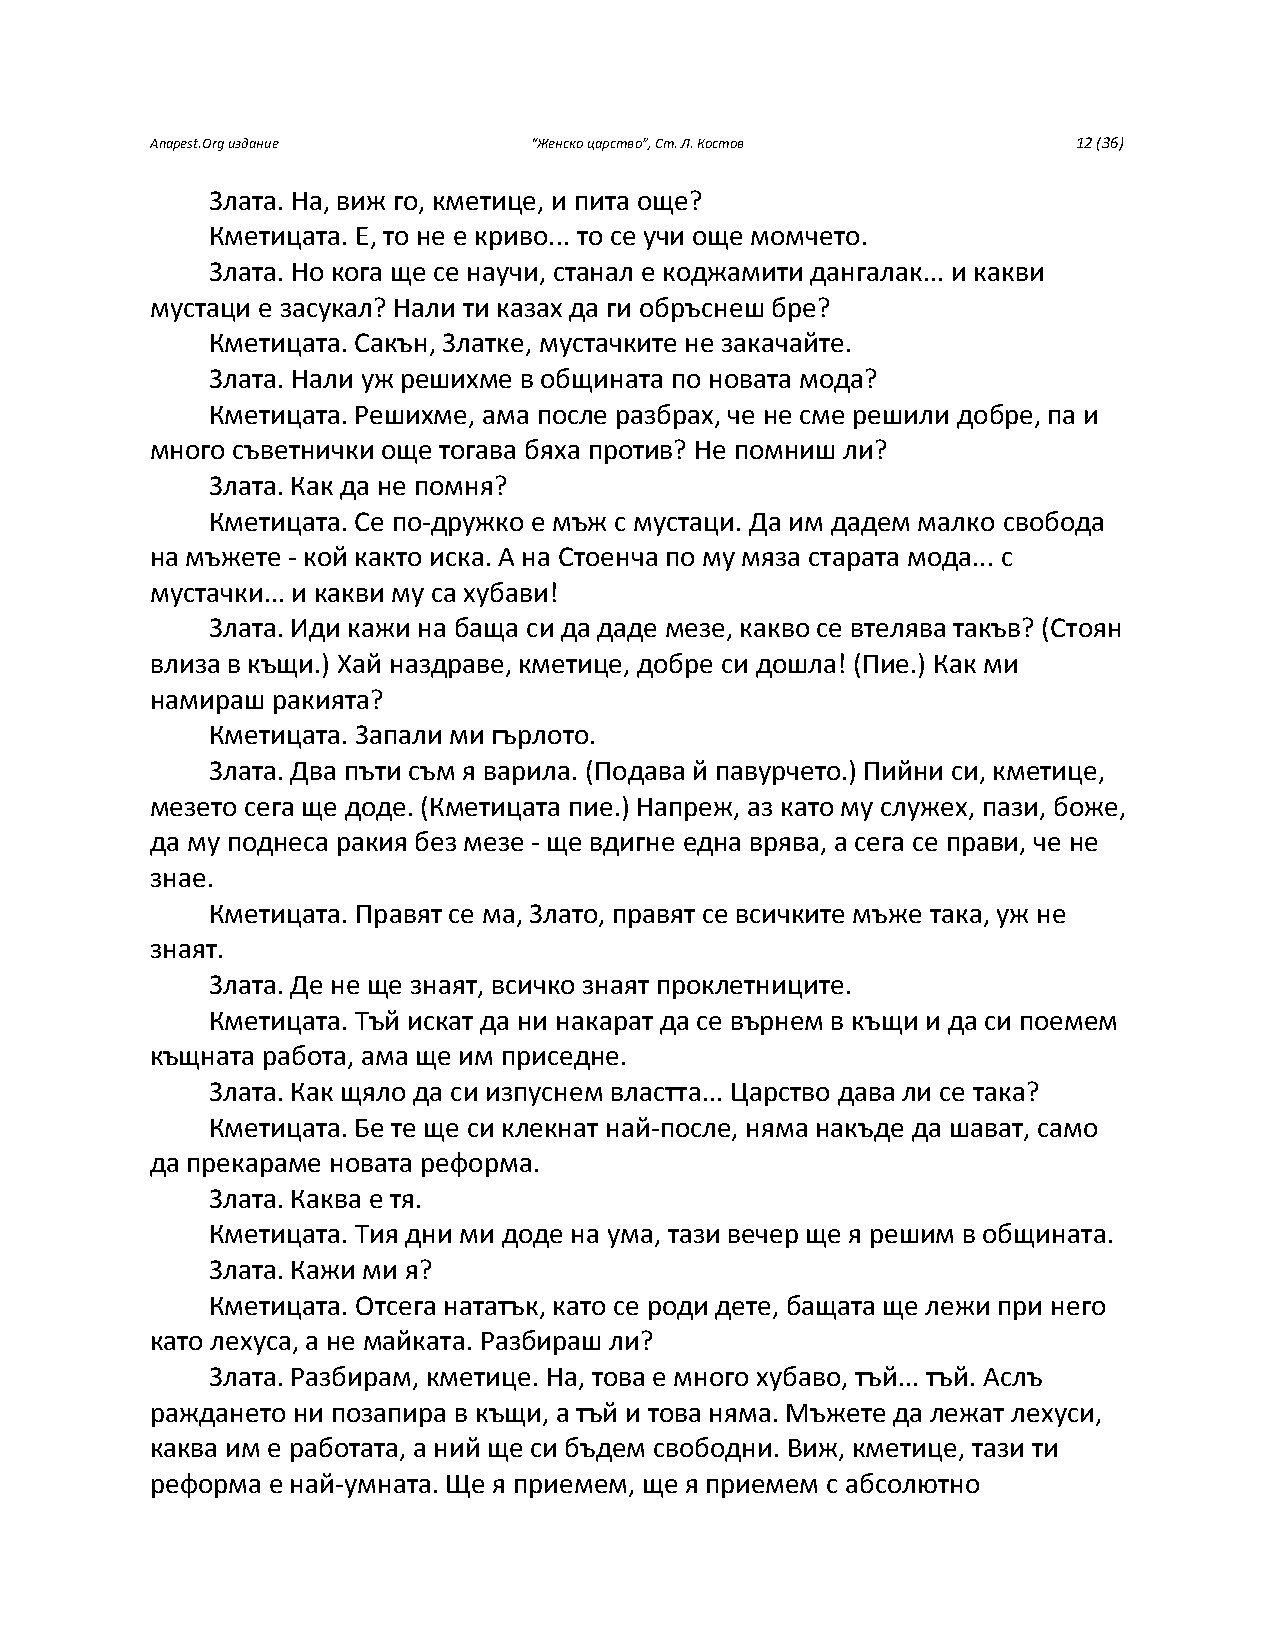
Anapest.Org издание      “Женско царство”, Ст. Л. Костов     12 (36)
 Злата. На, виж го, кметице, и пита още?
 Кметицата. Е, то не е криво... то се учи още момчето.
 Злата. Но кога ще се научи, станал е коджамити дангалак... и какви
 мустаци е засукал? Нали ти казах да ги обръснеш бре?
 Кметицата. Сакън, Златке, мустачките не закачайте.
 Злата. Нали уж решихме в общината по новата мода?
 Кметицата. Решихме, ама после разбрах, че не сме решили добре, па и
 много съветнички още тогава бяха против? Не помниш ли?
 Злата. Как да не помня?
 Кметицата. Се по-дружко е мъж с мустаци. Да им дадем малко свобода
 на мъжете - кой както иска. А на Стоенча по му мяза старата мода... с
 мустачки... и какви му са хубави!
 Злата. Иди кажи на баща си да даде мезе, какво се втелява такъв? (Стоян
 влиза в къщи.) Хай наздраве, кметице, добре си дошла! (Пие.) Как ми
 намираш ракията?
 Кметицата. Запали ми гърлото.
 Злата. Два пъти съм я варила. (Подава й павурчето.) Пийни си, кметице,
 мезето сега ще доде. (Кметицата пие.) Напреж, аз като му служех, пази, боже,
 да му поднеса ракия без мезе - ще вдигне една врява, а сега се прави, че не
 знае.
 Кметицата. Правят се ма, Злато, правят се всичките мъже така, уж не
 знаят.
 Злата. Де не ще знаят, всичко знаят проклетниците.
 Кметицата. Тъй искат да ни накарат да се върнем в къщи и да си поемем
 къщната работа, ама ще им приседне.
 Злата. Как щяло да си изпуснем властта... Царство дава ли се така?
 Кметицата. Бе те ще си клекнат най-после, няма накъде да шават, само
 да прекараме новата реформа.
 Злата. Каква е тя.
 Кметицата. Тия дни ми доде на ума, тази вечер ще я решим в общината.
 Злата. Кажи ми я?
 Кметицата. Отсега нататък, като се роди дете, бащата ще лежи при него
 като лехуса, а не майката. Разбираш ли?
 Злата. Разбирам, кметице. На, това е много хубаво, тъй... тъй. Аслъ
 раждането ни позапира в къщи, а тъй и това няма. Мъжете да лежат лехуси,
 каква им е работата, а ний ще си бъдем свободни. Виж, кметице, тази ти
 реформа е най-умната. Ще я приемем, ще я приемем с абсолютно